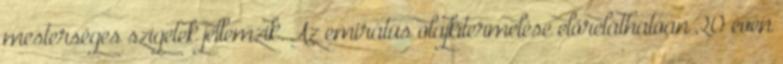
mesterséges szigetek jellemzik. Az emirátus olajkitermelése előreláthatóan 20 éven